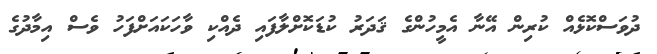
ދުވަސްކޮޅެއް ކުރިން އޭނާ އެމީހުންގެ ޤަދަރު ކުޑަކޮށްލާފައި ދެއްކި ވާހަކައަށްފަހު ވެސް އިމާދުގެ